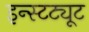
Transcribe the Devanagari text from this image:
इन्स्टट्यूट